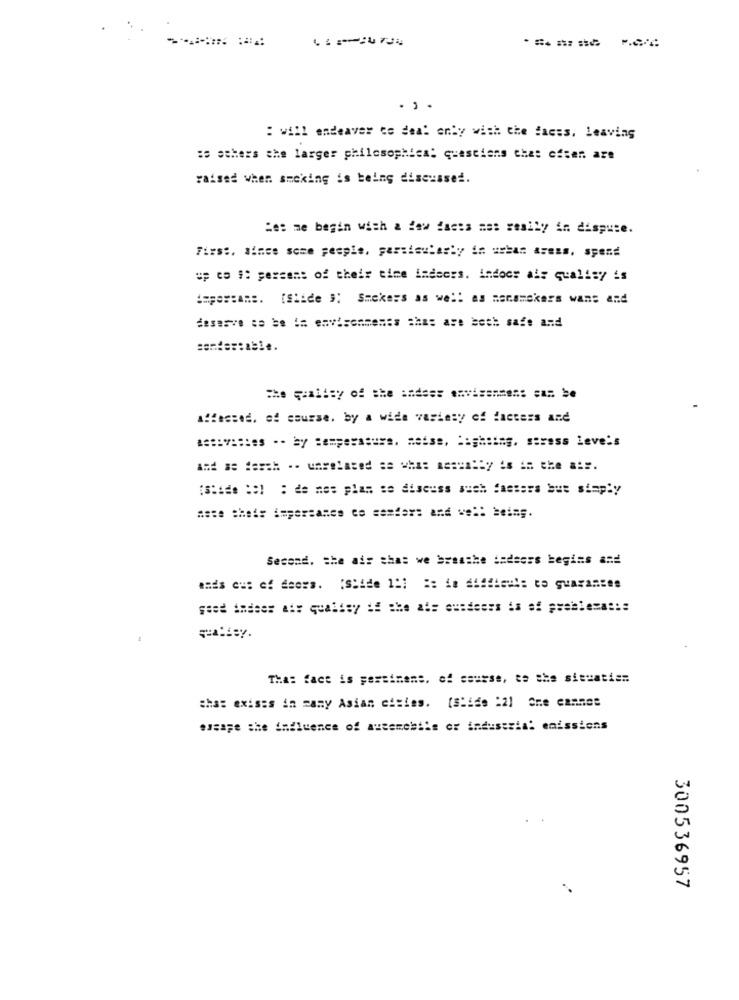
. ..
: will endeavor to deal only with the faces, leaving
: schers the larger philosophies; questions che: efter are
raised when smoking is being discussed.
Het me begin with a few facts me: really in dispute.
First, Since some people, particularly in urban Areas. spend
up co # percent of their time indoors. indoor al: qualisy is
impor:ans. (Slide 9: Smokers as well as mensmakers wans and
deserve to be is environments that are both safe and
somder:able.
affected, of course, by a wide variety of factors and
activistes -- by :emperssure. Reise, lighting, stress levels
[Slide :: ) : de nes plas se discuss much fasters but simply
Second. she ais that we breathe iadeoss begins and
mads eu: ef deers. Slide 191 #: ie 644546Ml: to guarantee
Tha: fact is persimens. of course, to the situaties
that exists in mamy Asian cities. [Slide :21 One cannes
essaye the influence of automobile or industrial emissions
300536957